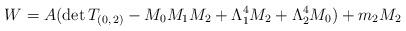
LaTeX: \begin{align*}W=A(\mathrm{det}\,T_{(0,\,2)}-M_{0}M_{1}M_{2}+\Lambda _{1}^{4}M_{2}+\Lambda _{2}^{4}M_{0})+m_{2}M_{2}\end{align*}